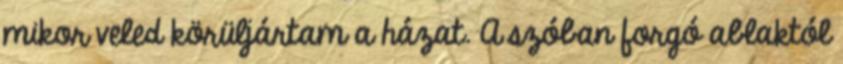
mikor veled körüljártam a házat. A szóban forgó ablaktól